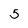
Character: 5